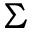
\Sigma